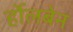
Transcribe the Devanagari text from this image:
र्होलबेन